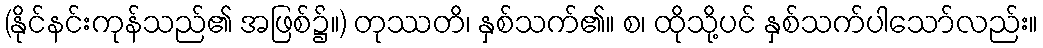
(နိုင်နင်းကုန်သည်၏ အဖြစ်၌။) တုဿတိ၊ နှစ်သက်၏။ စ၊ ထိုသို့ပင် နှစ်သက်ပါသော်လည်း။